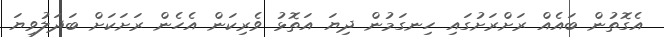
އެގޮތުން ބައެއް ރަށްރަށުގައި ހިނގަމުން ދިޔަ އަތޮޅު ވެރިކަން އެހެން ރަށަކަށް ބަދަލުވިޔަ